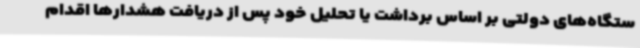
ستگاه‌های دولتی بر اساس برداشت یا تحلیل خود پس از دریافت هشدارها اقدام